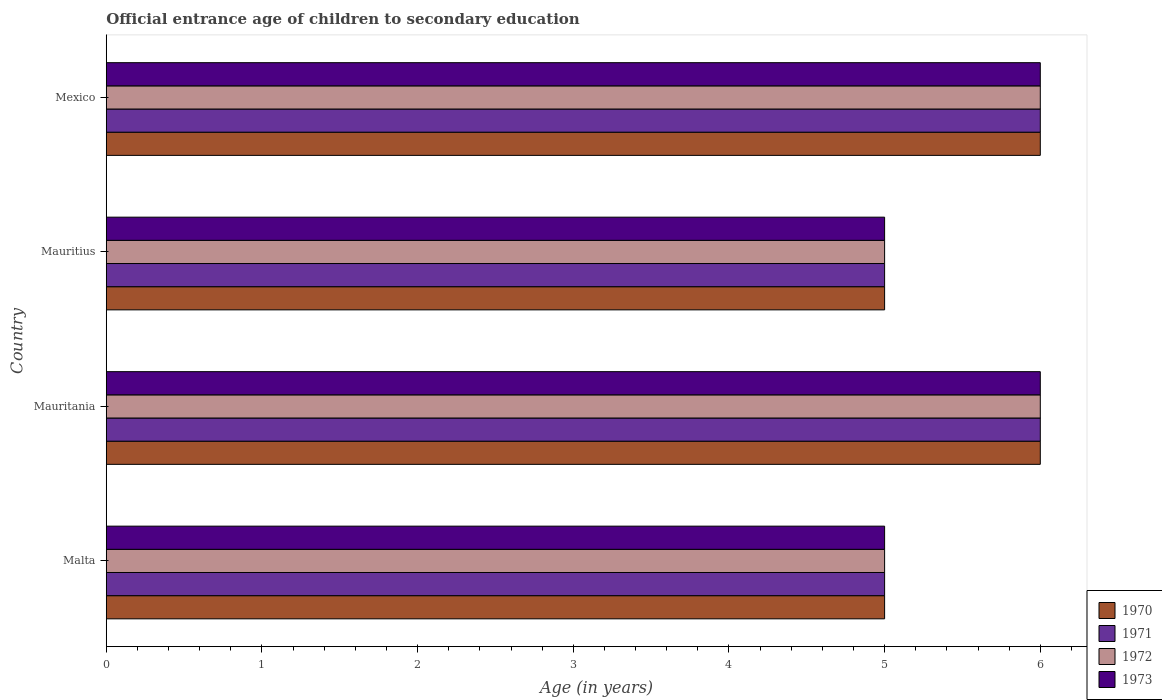
| Country | 1970 | 1971 | 1972 | 1973 |
 | --- | --- | --- | --- | --- |
 | Malta | 5 | 5 | 5 | 5 |
 | Mauritania | 6 | 6 | 6 | 6 |
 | Mauritius | 5 | 5 | 5 | 5 |
 | Mexico | 6 | 6 | 6 | 6 |